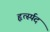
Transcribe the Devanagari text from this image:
हृर्त्स्पद